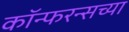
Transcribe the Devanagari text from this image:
कॉन्फरन्सच्या